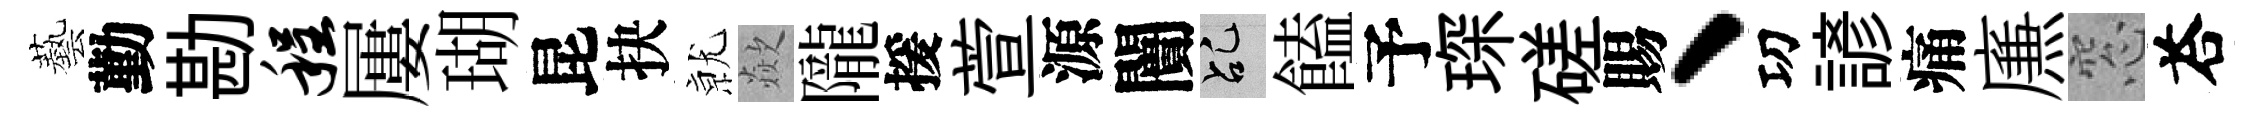
藝勤勘程屢瑚昆抉𭕒歘隴援萱源闠乩饁予琛磋賜、㓛諺痛㢘窓荅